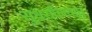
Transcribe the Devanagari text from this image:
सुधरविण्यात